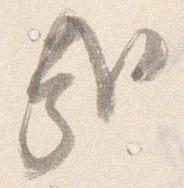
哉